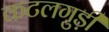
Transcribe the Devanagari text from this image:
कटलगुड़ी